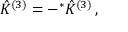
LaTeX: \hat { \cal K } ^ { ( 3 ) } = - { } ^ { * } \hat { \cal K } ^ { ( 3 ) } \, ,